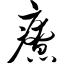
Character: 疗